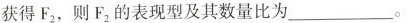
获得F2，则F_2的表现型及其数量比为___。